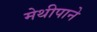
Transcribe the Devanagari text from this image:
मेथीपाने